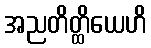
အညတိတ္ထိယေဟိ